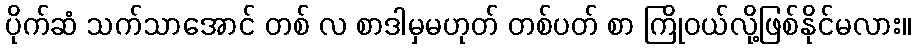
ပိုက်ဆံ သက်သာအောင် တစ် လ စာဒါမှမဟုတ် တစ်ပတ် စာ ကြိုဝယ်လို့ဖြစ်နိုင်မလား။